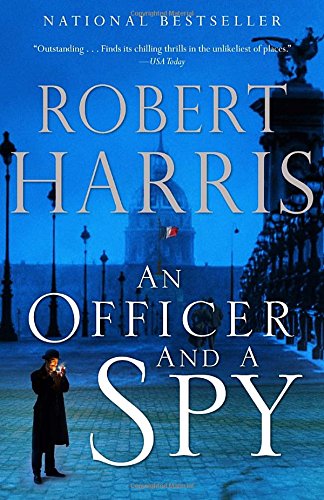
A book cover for An Officer and a Spy; Robert Harris; Mystery, Thriller & Suspense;